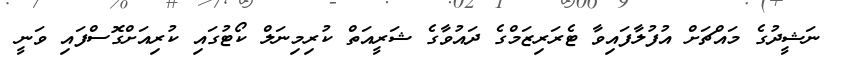
ނަޝީދުގެ މައްޗަށް އުފުލާފައިވާ ޓެރަރިޒަމްގެ ދައުވާގެ ޝަރީއަތް ކުރިމިނަލް ކޯޓުގައި ކުރިއަށްގޮސްފައި ވަނީ